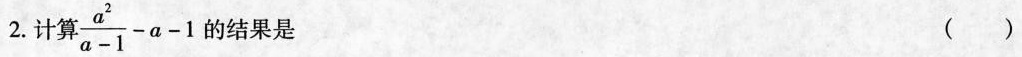
2.计算 $$\frac { a ^ { 2 } } { a - 1 } - a - 1$$的结果是 ( )